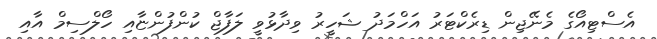
އެސްޓިއޯގެ މެނޭޖިން ޑިރެކްޓަރު އަހްމަދު ޝަހީރު ވިދާޅުވީ ލަފާޖް ކުންފުންޏާއި ހޯލްސިމް އާއި